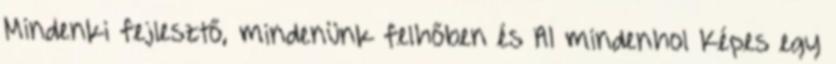
Mindenki fejlesztő, mindenünk felhőben és AI mindenhol Képes egy